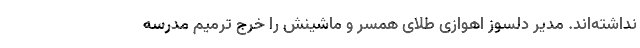
نداشته‌اند. مدیر دلسوز اهوازی طلای همسر و ماشینش را خرج ترمیم مدرسه